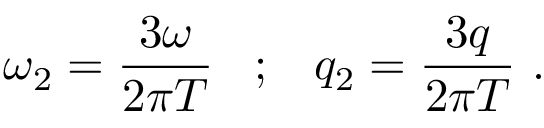
\omega _ { 2 } = \frac { 3 \omega } { 2 \pi T } \; \; \; ; \; \; \; q _ { 2 } = \frac { 3 q } { 2 \pi T } \ .